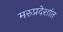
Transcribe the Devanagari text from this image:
मरुप्रदेशांत